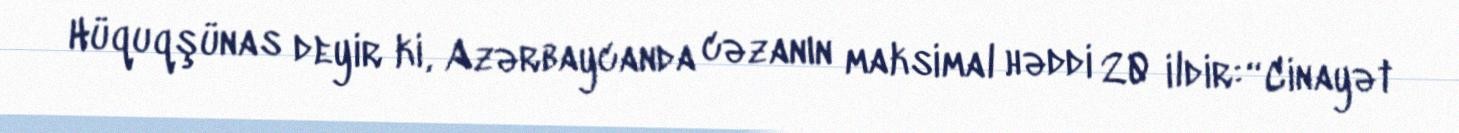
Hüquqşünas deyir ki, Azərbaycanda cəzanın maksimal həddi 20 ildir: “Cinayət